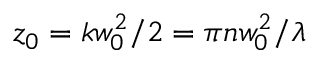
z _ { 0 } = k w _ { 0 } ^ { 2 } / 2 = \pi n w _ { 0 } ^ { 2 } / \lambda